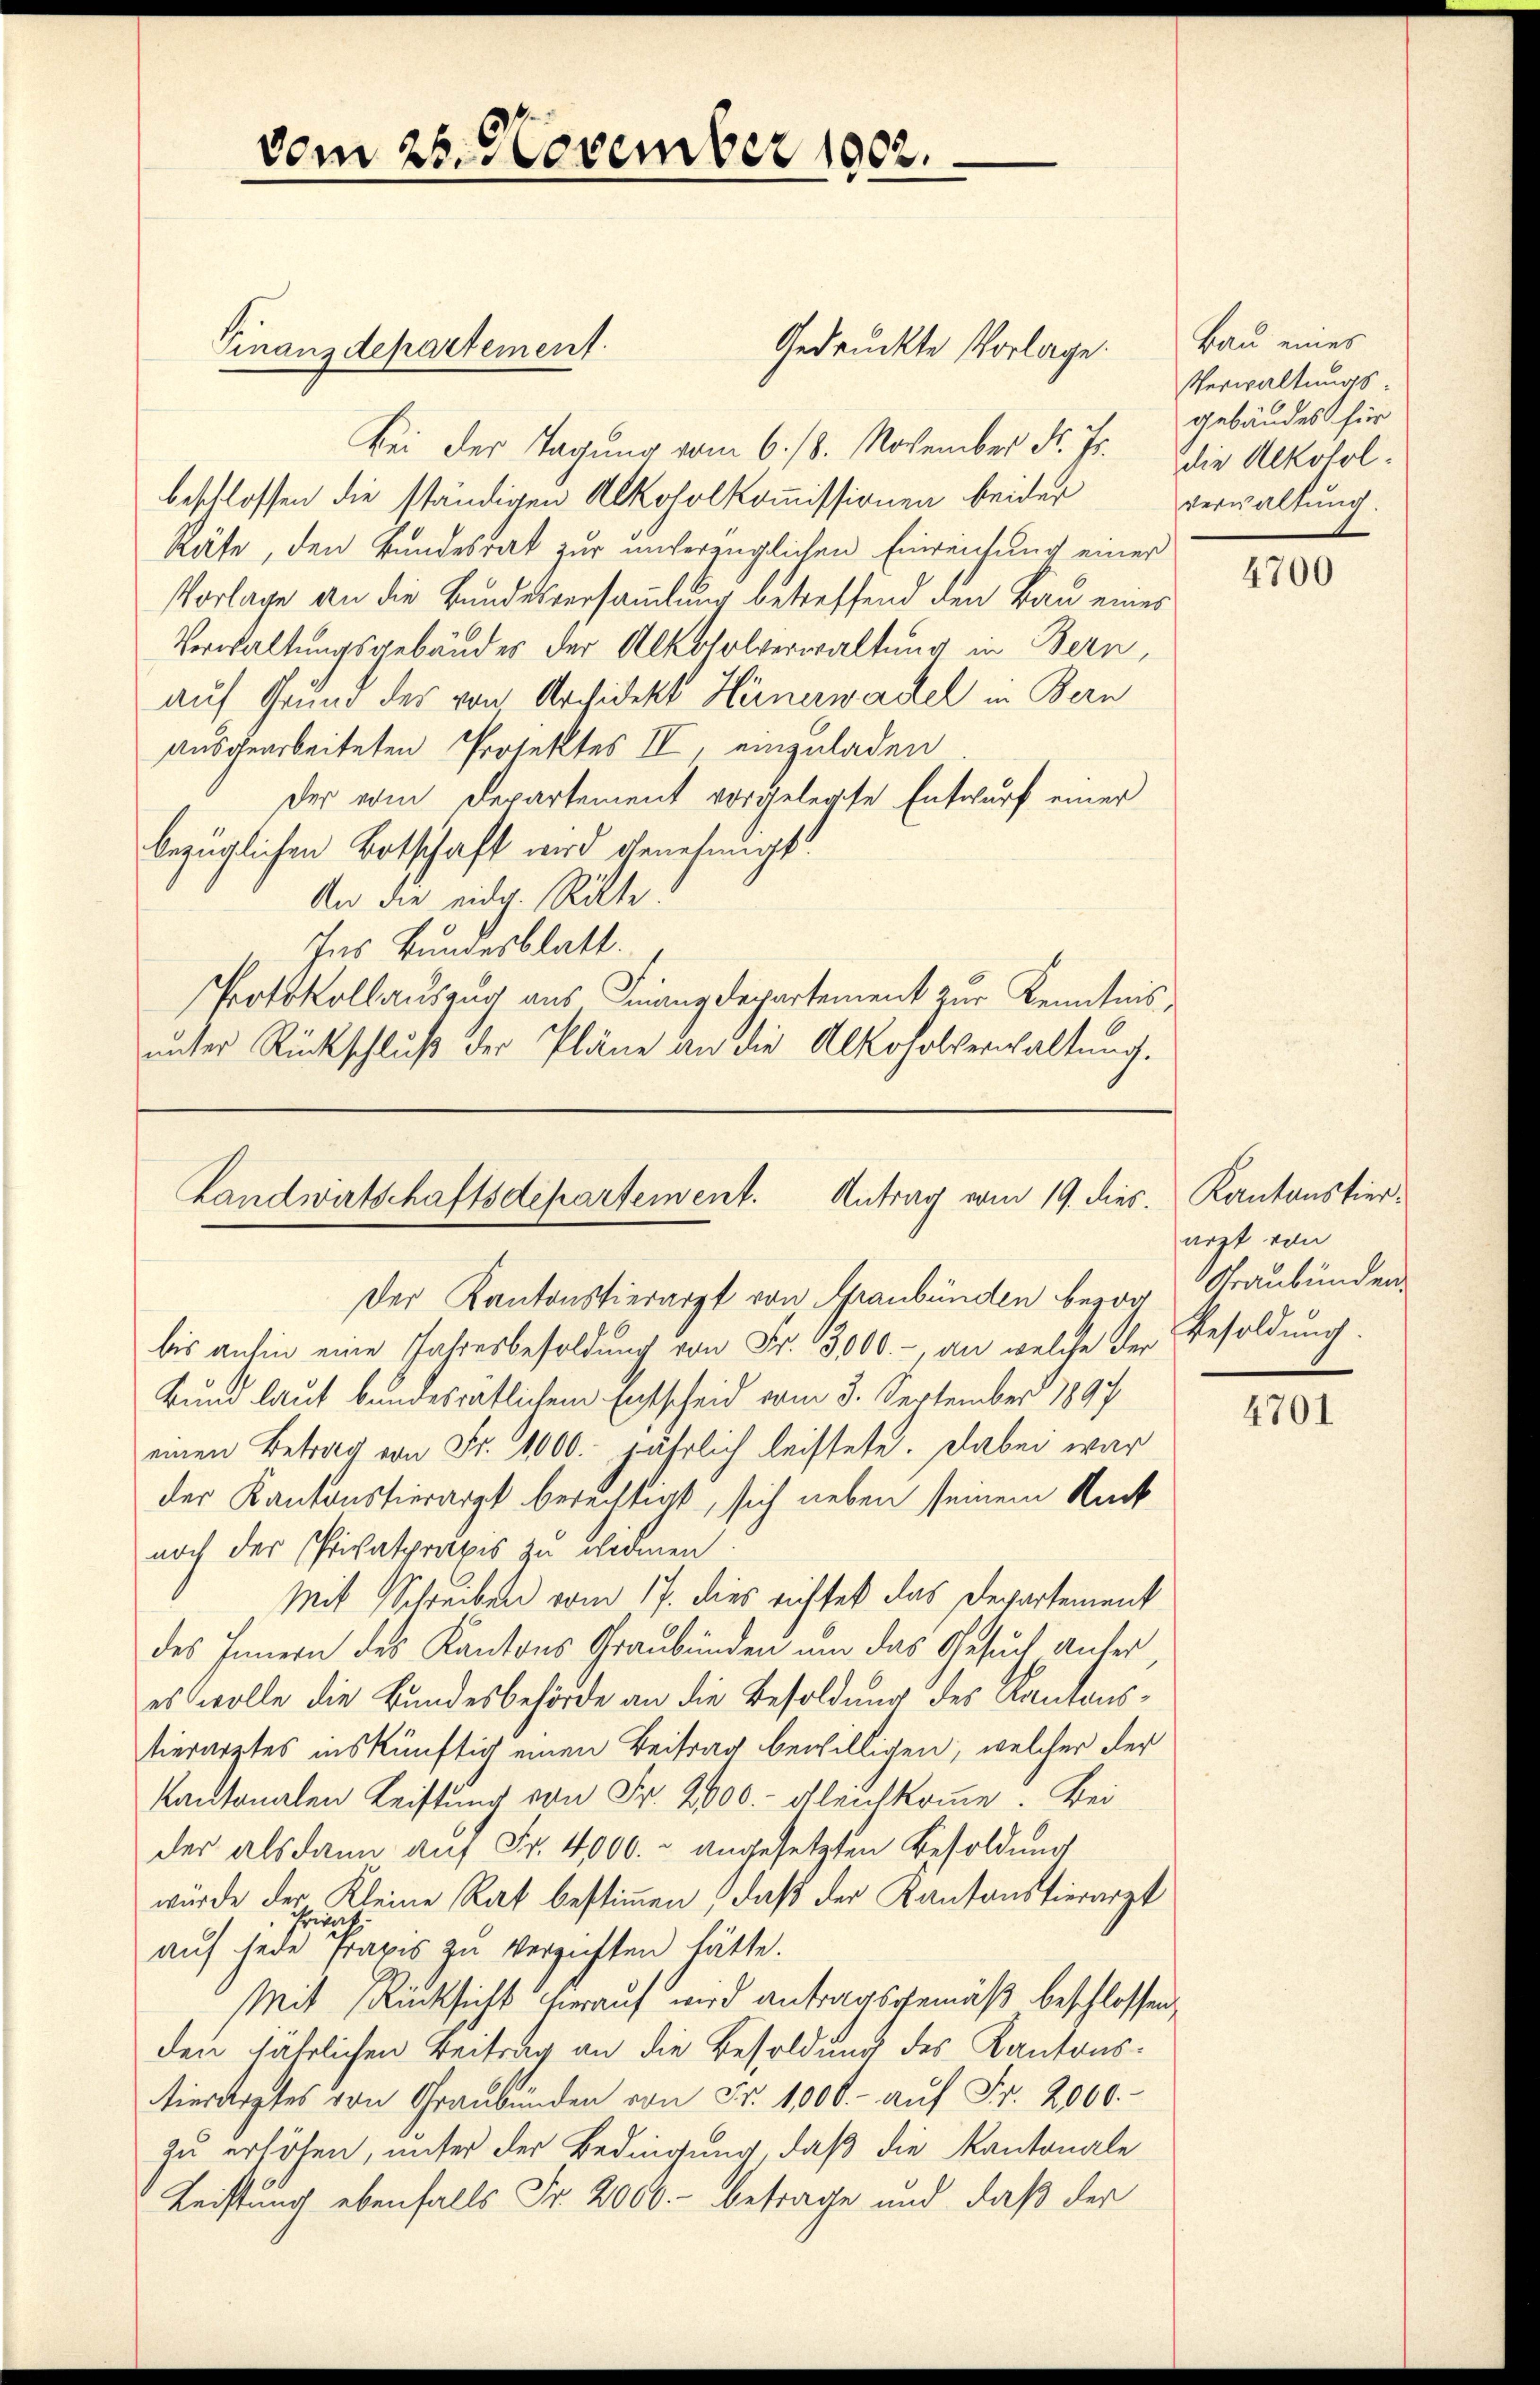
Gedrückte Vorlage.
Bei der Tagung vom 6. 18. November Fr. Js. Die Alkololbeschlossen die ständigen Alkoholkommissionen beider
Räte, den Bundesrat zur unverzüglichen Einreichung einer
Vorlage an die Bundesversammlung betreffend den Bau eines
Verwaltungsgebäudes der Alkoholverwaltung in Bern,
auf Grund des von Architekt Hörnerwachel in Bern
ausgearbeiteten Protektes II, einzuladen
Der vom Departement vorgelegte Entwurf einer
bezüglichen Botschaft wird genehmigt.
An die eidg. Ritte.
Ins Bundesblatt.
Protokollauszug aus Finanzdepartement zur Kenntnis,
unter Rückschluß der Pläne an die Alkoholverwaltung.

vom 25. November 1902.

Finanzdepartement.

Landwirtschaftsdepartement. Antrag vom 19. dies. Kantonstier¬

Der Kantonstierarzt von Graubünden bezog Graubünden
bis anhin eine Jahresbesoldung von Fr. 13000.- an welche der
Bund laut bundesrätlichem Entscheid vom 3. September 1897
einen Betrag von Fr. 1000. jährlich leistete. Dabei war
der Kantonstierarzt berechtigt, sich neben seinem Rück
noch der Privatpraxis zu widmen
Mit Schreiben vom 17. dies richtet das Departement
des Innern des Kantons Graubünden um das Gesuch anfer,
es wolle die Bundesbehörde an die Besoldung des Kantonstierarztes inskünftig einen Beitrag bewilligen, welcher der
Kantonalen Leistung von Fr. 2000.- gleichkomme. Bei
der alsdann auf Fr. 4000.- angesetzten Besoldung
würde der Kleine Rat bestimmen, daß der Kantonstierarzt
auf jede der frages zu verzichten hätte.
Mit Rücksicht hierauf wird antragsgemäß beschlossen,
den jährlichen Beitrag an die Besoldung des Kantonstierarztes von Graubünden von Fr. 1000.- aŭf Fr. 2000.-
zu erhöhen, unter der Bedingung, daß die Kantonale
Leistung ebenfalls Fr. 2000.- betrage und daß der

Bau eines
Verwaltungs-
gebäudes für
verwaltung.

4700

arzt von
Besoldung.

4701